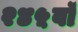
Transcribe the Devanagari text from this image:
२४५वॉ